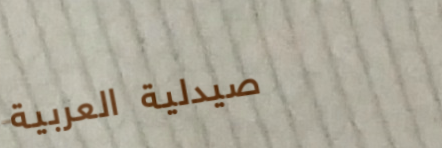
صيدلية العربية